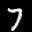
Label: 7